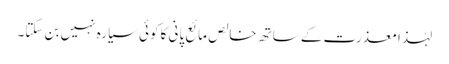
لہٰذا معذرت کے ساتھ خالص مائع پانی کا کوئی سیارہ نہیں بن سکتا۔